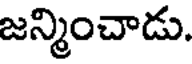
జన్మించాడు.